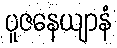
ပူဇနေယျာနံ